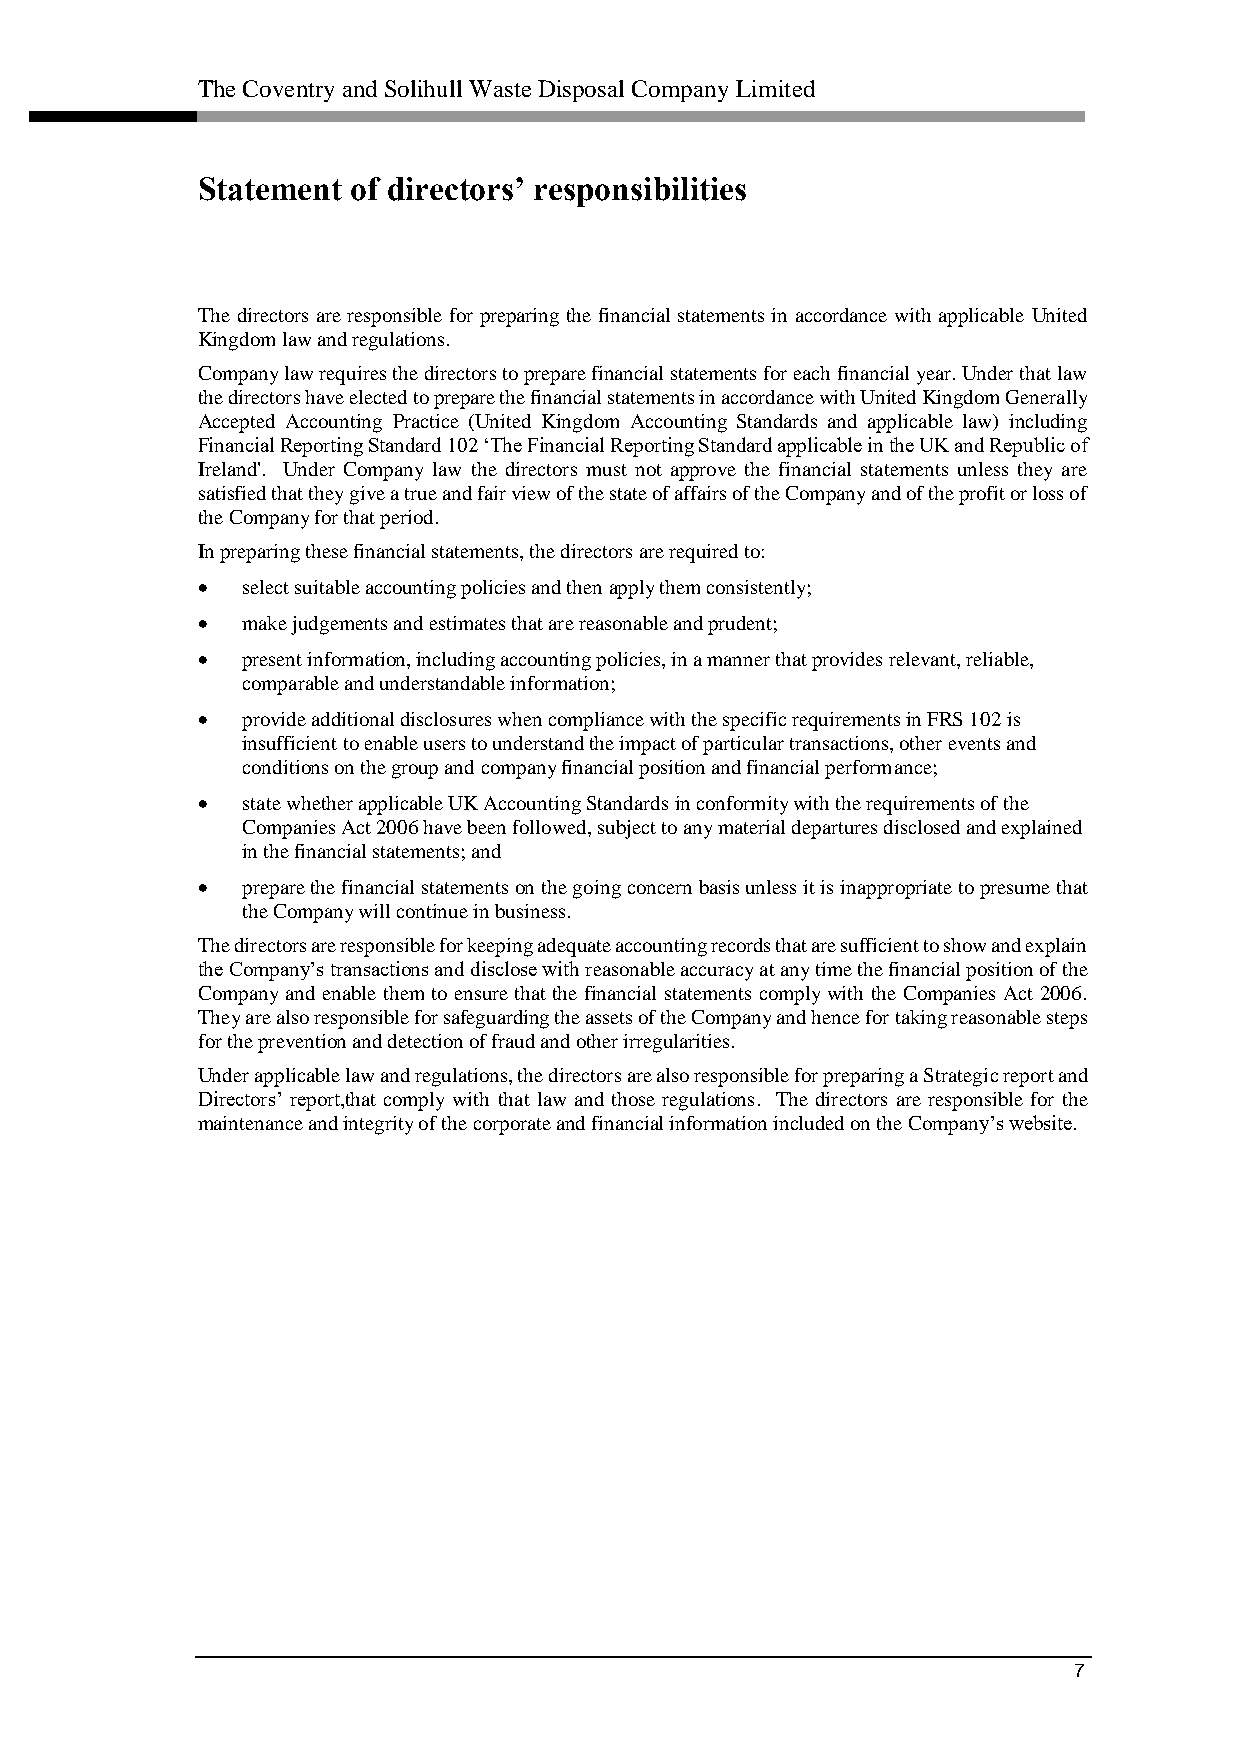
The Coventry and Solihull Waste Disposal Company Limited
 Statement of directors’ responsibilities
 The directors are responsible for preparing the financial statements in accordance with applicable United
 Kingdom law and regulations.
 Company law requires the directors to prepare financial statements for each financial year. Under that law
 the directors have elected to prepare the financial statements in accordance with United Kingdom Generally
 Accepted Accounting Practice (United Kingdom Accounting Standards and applicable law) including
 Financial Reporting Standard 102 ‘The Financial Reporting Standard applicable in the UK and Republic of
 Ireland'. Under Company law the directors must not approve the financial statements unless they are
 satisfied that they give a true and fair view of the state of affairs of the Company and of the profit or loss of
 the Company for that period.
 In preparing these financial statements, the directors are required to:
   select suitable accounting policies and then apply them consistently;
   make judgements and estimates that are reasonable and prudent;
   present information, including accounting policies, in a manner that provides relevant, reliable,
 comparable and understandable information;
   provide additional disclosures when compliance with the specific requirements in FRS 102 is
 insufficient to enable users to understand the impact of particular transactions, other events and
 conditions on the group and company financial position and financial performance;
   state whether applicable UK Accounting Standards in conformity with the requirements of the
 Companies Act 2006 have been followed, subject to any material departures disclosed and explained
 in the financial statements; and
   prepare the financial statements on the going concern basis unless it is inappropriate to presume that
 the Company will continue in business.
 The directors are responsible for keeping adequate accounting records that are sufficient to show and explain
 the Company’s transactions and disclose with reasonable accuracy at any time the financial position of the
 Company and enable them to ensure that the financial statements comply with the Companies Act 2006.
 They are also responsible for safeguarding the assets of the Company and hence for taking reasonable steps
 for the prevention and detection of fraud and other irregularities.
 Under applicable law and regulations, the directors are also responsible for preparing a Strategic report and
 Directors’ report,that comply with that law and those regulations. The directors are responsible for the
 maintenance and integrity of the corporate and financial information included on the Company’s website.
 7